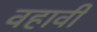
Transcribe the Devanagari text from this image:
वहावी